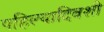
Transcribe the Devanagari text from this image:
पहिल्यादिवशी